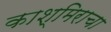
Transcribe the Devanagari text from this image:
काश्मिराचा